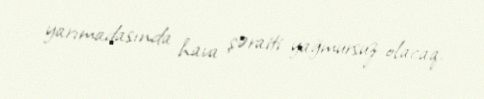
yarımadasında hava şəraiti yağmursuz olacaq.